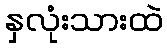
နှလုံးသားထဲ